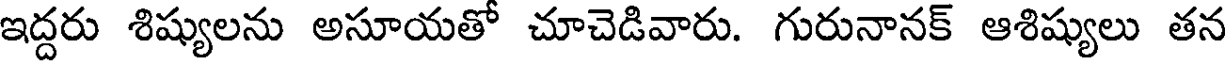
ఇద్దరు శిష్యులను అసూయతో చూచెడివారు. గురునానక్ ఆశిష్యులు తన